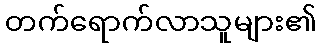
တက်ရောက်လာသူများ၏